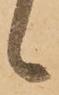
候